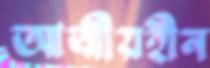
আত্মীয়হীন